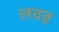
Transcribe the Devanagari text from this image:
लवह